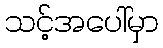
သင့်အပေါ်မှာ